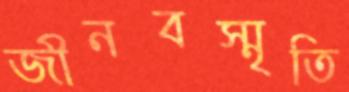
জীনবস্মৃতি